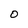
Character: 0